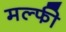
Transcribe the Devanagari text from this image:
मल्फी